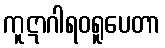
ကူဋာဂါရဝရူပေတာ